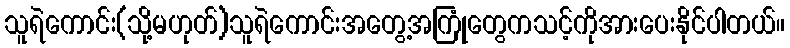
သူရဲကောင်း(သို့မဟုတ်)သူရဲကောင်းအတွေ့အကြုံတွေကသင့်ကိုအားပေးနိုင်ပါတယ်။